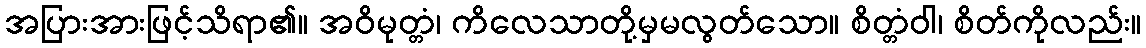
အပြားအားဖြင့်သိရာ၏။ အဝိမုတ္တံ၊ ကိလေသာတို့မှမလွတ်သော။ စိတ္တံဝါ၊ စိတ်ကိုလည်း။